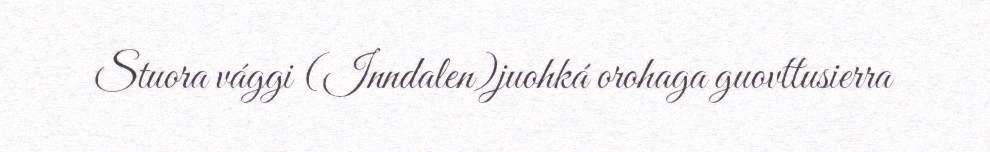
Stuora vággi (Inndalen)juohká orohaga guovttusierra